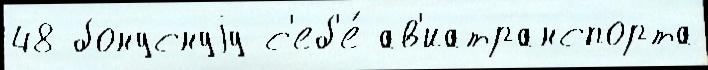
48 бонуснуjу с'еб'е́ ав'иатранспорта